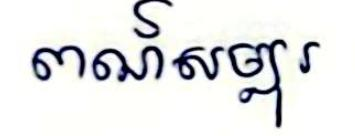
ពណ៍សម្បុរ